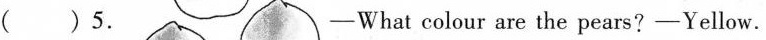
( )5. —What colour are the pears?—Yellow.